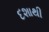
દશાથી